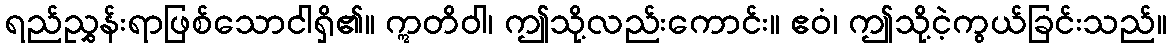
ရည်ညွှန်းရာဖြစ်သောငါရှိ၏။ ဣတိဝါ၊ ဤသို့လည်းကောင်း။ ဧဝံ၊ ဤသို့ငဲ့ကွယ်ခြင်းသည်။